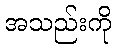
အသည်းကို